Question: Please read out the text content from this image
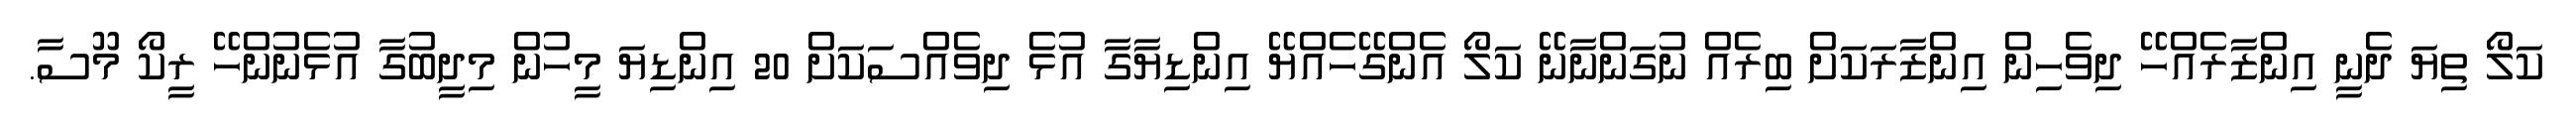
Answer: ކަލޯ ތިޔަ ދެނީ އިންޒާރެއްހޭ ދިވެހިން އިންޒާރަކަށް ބިރެއް ނުގަންނާނޭ ކަލޯ އެންގޭހެއްޔޭ އިންޑިޔާގާ އުޅެ ދިވެއްސަކަށް 20 އިންޑިޔަ މީހުން މިދީބުގާ އުޅެނުންހޭ ރީކޯ މޫސާ.